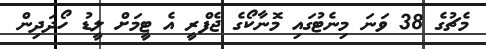
މެޗުގެ 38 ވަނަ މިނެޓުގައި މޮނާކޯގެ ޖެފްރީ އެ ޓީމަށް ލީޑު ހޯދަދިން